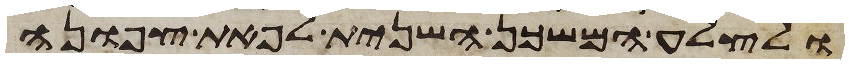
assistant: ולצלע המשכן השנית לפאת צפונה